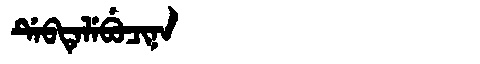
Manchu: ᡩᡝᠪᡨᡝᠯᡝᠪᡠᠴᡳᠨᠠ
Romanization: DEBTELEBUCINA